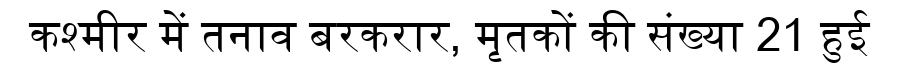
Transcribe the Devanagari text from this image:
कश्मीर में तनाव बरकरार, मृतकों की संख्या 21 हुई